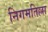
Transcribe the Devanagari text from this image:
निगमतिल्ला